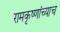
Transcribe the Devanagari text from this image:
रामकृष्णांच्याच